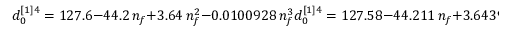
d _ { 0 } ^ { [ 1 ] 4 } = 1 2 7 . 6 - 4 4 . 2 \, n _ { f } + 3 . 6 4 \, n _ { f } ^ { 2 } - 0 . 0 1 0 0 9 2 8 \, n _ { f } ^ { 3 } d _ { 0 } ^ { [ 1 ] 4 } = 1 2 7 . 5 8 - 4 4 . 2 1 1 \, n _ { f } + 3 . 6 4 3 9 \, n _ { f } ^ { 2 } - 0 . 0 1 0 0 9 2 8 \, n _ { f } ^ { 3 } { } .